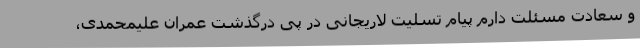
و سعادت مسئلت دارم پیام تسلیت لاریجانی در پی درگذشت عمران علیمحمدی،